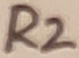
Text: R2